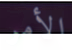
الأمر